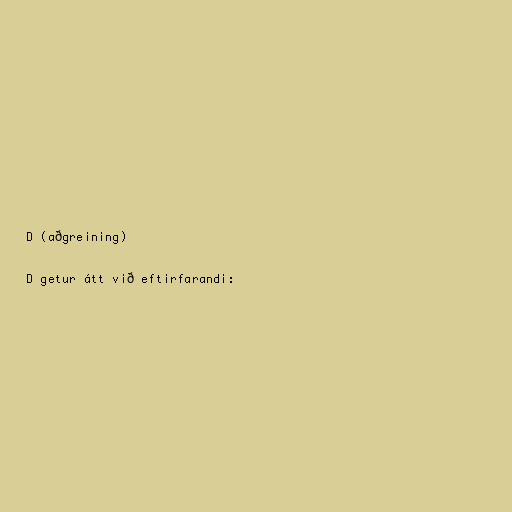
D (aðgreining)

D getur átt við eftirfarandi: